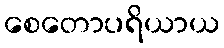
စေတောပရိယာယ